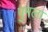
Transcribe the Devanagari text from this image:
पुमला